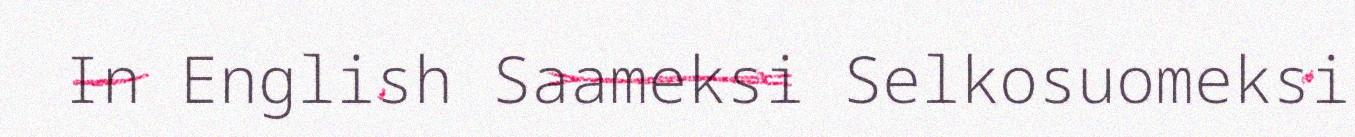
In English Saameksi Selkosuomeksi